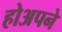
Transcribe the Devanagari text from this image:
होअपने